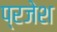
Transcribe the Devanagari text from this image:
प्रजेश